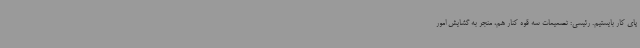
پای کار بایستیم. رئیسی: تصمیمات سه قوه کنار هم، منجر به گشایش امور